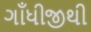
ગાઁધીજીથી